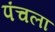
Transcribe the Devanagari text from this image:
पंचला